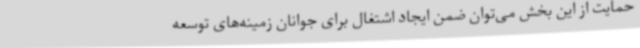
حمایت از این بخش می‌توان ضمن ایجاد اشتغال برای جوانان زمینه‌های توسعه